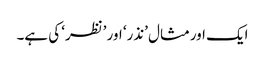
ایک اورمثال ’نذر‘ اور ’نظر‘ کی ہے۔